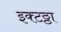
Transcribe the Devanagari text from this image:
इक्टठ्ठा